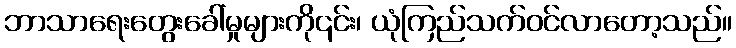
ဘာသာရေးတွေးခေါ်မှုများကို၎င်း၊ ယုံကြည်သက်ဝင်လာတော့သည်။